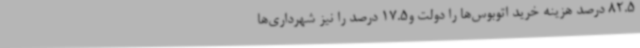
82.5 درصد هزینه خرید اتوبوس‌ها را دولت و17.5 درصد را نیز شهرداری‌ها